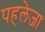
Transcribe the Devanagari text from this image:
पहलेजा